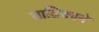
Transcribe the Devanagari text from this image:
वाव्रिंकाने